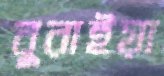
বুরাইয়া